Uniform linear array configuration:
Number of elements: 64
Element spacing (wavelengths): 1
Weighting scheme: hamming
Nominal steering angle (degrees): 0
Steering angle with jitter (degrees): -1.579
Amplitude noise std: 0.05
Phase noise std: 0.05

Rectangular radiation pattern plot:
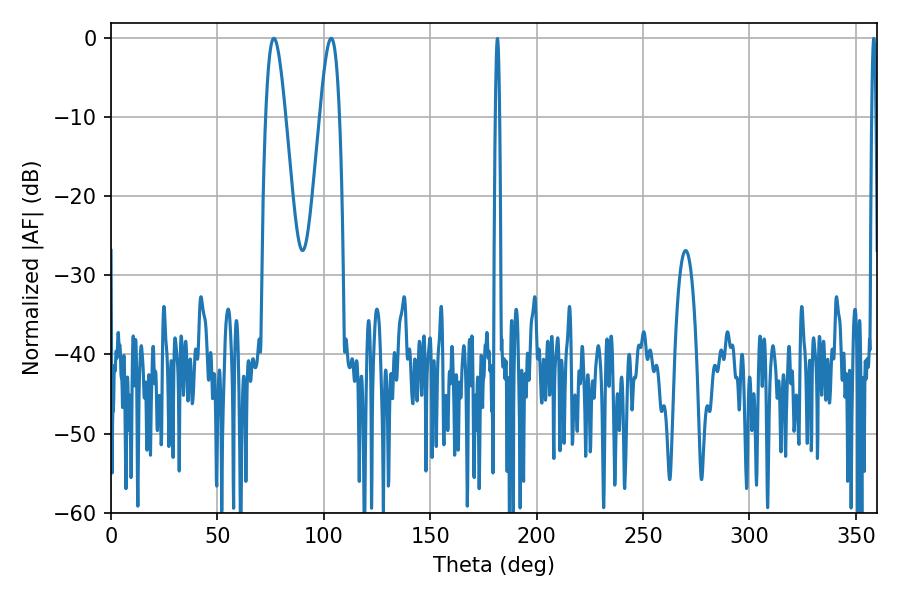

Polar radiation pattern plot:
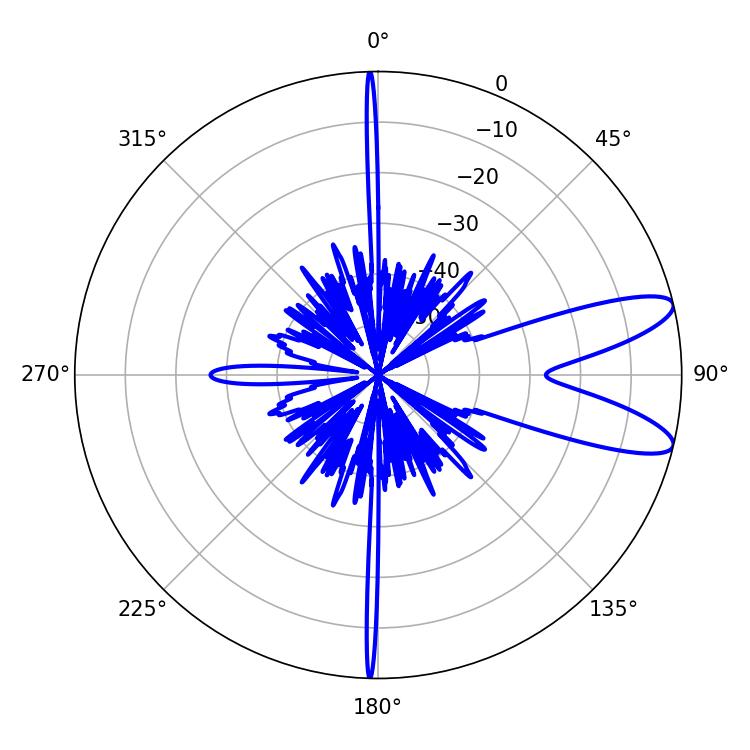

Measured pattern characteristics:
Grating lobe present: TRUE
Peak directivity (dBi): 10.286
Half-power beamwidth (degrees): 4.86
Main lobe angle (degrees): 103.5